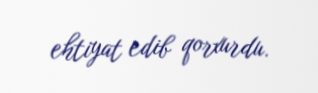
ehtiyat edib qorxurdu.